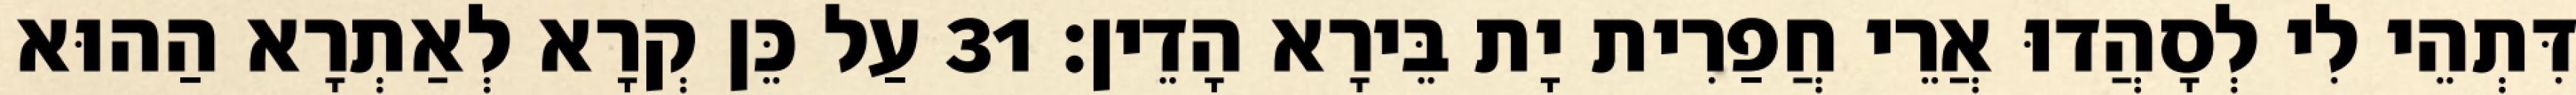
דִּתְהֵי לִי לְסָהֲדוּ אֲרֵי חֲפַרִית יָת בֵּירָא הָדֵין׃ 31 עַל כֵּן קְרָא לְאַתְרָא הַהוּא